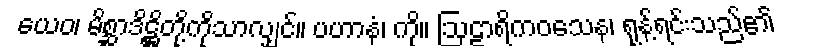
ယေဝ၊ မိစ္ဆာဒိဋ္ဌိတို့ကိုသာလျှင်။ ပဟာနံ၊ ကို။ ဩဠာရိကဝသေန၊ ရုန့်ရင်းသည်၏